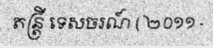
តន្ត្រី ទេសចរណ៍ ( ២០១១ -